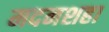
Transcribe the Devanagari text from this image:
मदनशहा